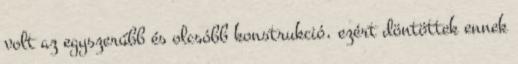
volt az egyszerűbb és olcsóbb konstrukció, ezért döntöttek ennek